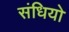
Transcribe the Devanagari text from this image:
संधियो